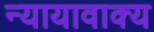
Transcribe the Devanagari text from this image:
न्यायावाक्य